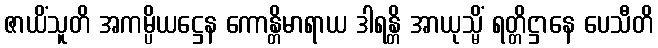
ဇာယိံသူတိ အကမ္ပိယဋ္ဌေန ကောန္တိမာရာယ ဒါရန္တိ အာယုသ္မိံ ရတ္တိဋ္ဌာနေ ပေသီတိ